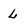
Character: L